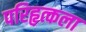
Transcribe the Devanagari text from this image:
परिहृत्कला